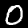
Digit: 0